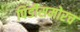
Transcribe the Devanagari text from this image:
पिंडीसमोरच